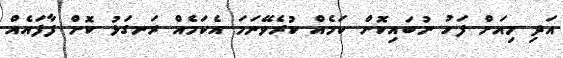
އަދި މިއަށް ފަހު ނުބައިކޮށް ކަމެއް ކުރެވޭނަމަ އެކަމެއް ރަނގަޅު ކޮށް ފާފައެއް